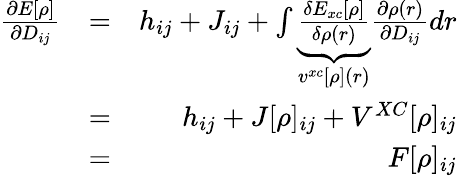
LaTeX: \begin{array}{rlr}{\frac{\partial E[\rho]}{\partial D_{ij}}}&{=}&{h_{ij}+J_{ij}+\int\underbrace{\frac{\delta E_{xc}[\rho]}{\delta\rho(r)}}_{v^{xc}[\rho](r)}\frac{\partial\rho(r)}{\partial D_{ij}}dr}\\ &{=}&{h_{ij}+J[\rho]_{ij}+V^{XC}[\rho]_{ij}}\\ &{=}&{F[\rho]_{ij}}\end{array}